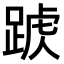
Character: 𨂑